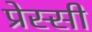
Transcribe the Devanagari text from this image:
प्रेस्सी